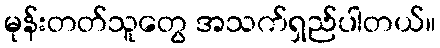
မုန်းတတ်သူတွေ အသက်ရှည်ပါတယ်။